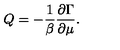
Q = - \frac { 1 } { \beta } { \frac { \partial \Gamma } { \partial \mu } } .